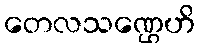
တေလသဏ္ဌေဟိ